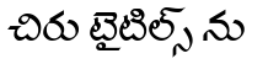
చిరు టైటిల్స్ ను